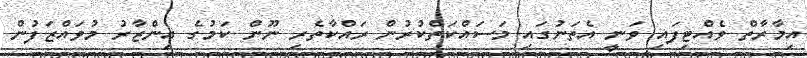
އިމާރާތް ވެއްޓިފައި ވަނީ އެތަނުގައި މަސައްކަތްކުރުން ރައްކާތެރި ނޫން ކަމުގެ އިންޒާރު މުވައްޒަފުން